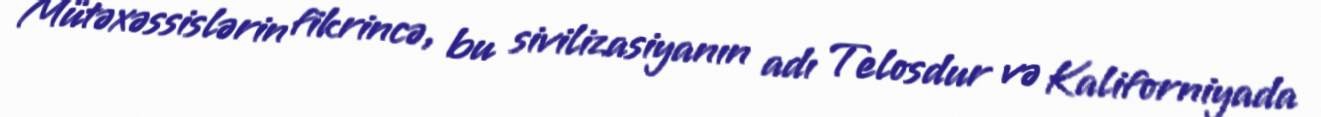
Mütəxəssislərin fikrincə, bu sivilizasiyanın adı Telosdur və Kaliforniyada